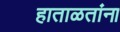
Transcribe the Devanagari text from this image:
हाताळतांना